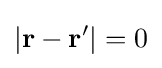
|\mathbf {r} -\mathbf {r'} |=0